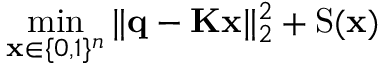
\operatorname* { m i n } _ { \mathbf { x } \in \{ 0 , 1 \} ^ { n } } \| \mathbf { q } - \mathbf { K } \mathbf { x } \| _ { 2 } ^ { 2 } + \mathrm { S } ( \mathbf { x } )